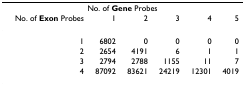
<table><thead><tr><td colspan="6"><b>No. of Gene Probes</b></td></tr><tr><td><b>No. of Exon Probes</b></td><td><b>1</b></td><td><b>2</b></td><td><b>3</b></td><td><b>4</b></td><td><b>5</b></td></tr></thead><tbody><tr><td>1</td><td>6802</td><td>0</td><td>0</td><td>0</td><td>0</td></tr><tr><td>2</td><td>2654</td><td>4191</td><td>6</td><td>1</td><td>1</td></tr><tr><td>3</td><td>2794</td><td>2788</td><td>1155</td><td>11</td><td>7</td></tr><tr><td>4</td><td>87092</td><td>83621</td><td>24219</td><td>12301</td><td>4019</td></tr></tbody></table>